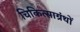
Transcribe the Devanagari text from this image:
चिकित्साग्रंथों